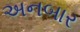
અનબાર